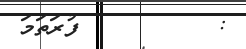
:         ފުރަތަމަ